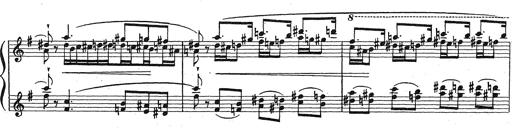
Title: Grosses Konzertsolo
Composer: Franz Liszt